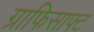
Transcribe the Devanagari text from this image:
ग्राफिसाफ्ट